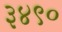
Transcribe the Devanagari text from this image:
३४९०